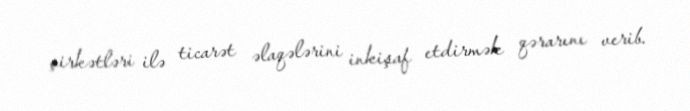
şirkətləri ilə ticarət əlaqələrini inkişaf etdirmək qərarını verib.